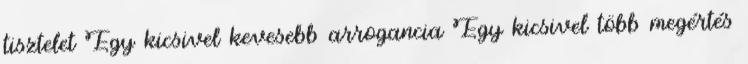
tisztelet Egy kicsivel kevesebb arrogancia Egy kicsivel több megértés